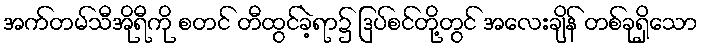
အက်တမ်သီအိုရီကို စတင် တီထွင်ခဲ့ရာ၌ ဒြပ်စင်တို့တွင် အလေးချိန် တစ်ခုရှိသော